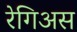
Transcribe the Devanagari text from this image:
रेगिअस